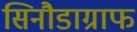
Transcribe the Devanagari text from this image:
सिनौडाग्राफ